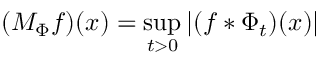
( M _ { \Phi } f ) ( x ) = \operatorname* { s u p } _ { t > 0 } | ( f * \Phi _ { t } ) ( x ) |